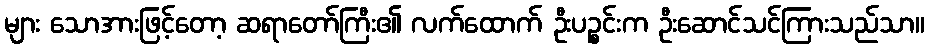
များ သောအားဖြင့်တော့ ဆရာတော်ကြီး၏ လက်ထောက် ဦးပဉ္စင်းက ဦးဆောင်သင်ကြားသည်သာ။